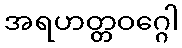
အရဟတ္တဝဂ္ဂေါ